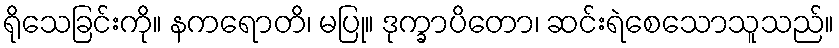
ရိုသေခြင်းကို။ နကရောတိ၊ မပြု။ ဒုက္ခာပိတော၊ ဆင်းရဲစေသောသူသည်။